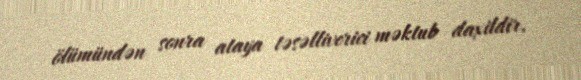
ölümündən sonra ataya təsəlliverici məktub daxildir.